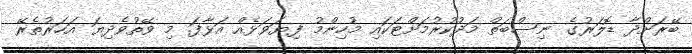
ބޭރަށްދާ ޑޮލަރުގެ ނިސްބަތް މަދުކުރުމަށްޓަކައި މުހިންމު ފިޔަވަޅެއް އަޅާފަ. މި ވޭތުވެދިޔަ އަހަރުތެރޭ